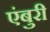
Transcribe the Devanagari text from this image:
एंबुरी